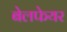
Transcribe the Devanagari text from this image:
बेलफेयर